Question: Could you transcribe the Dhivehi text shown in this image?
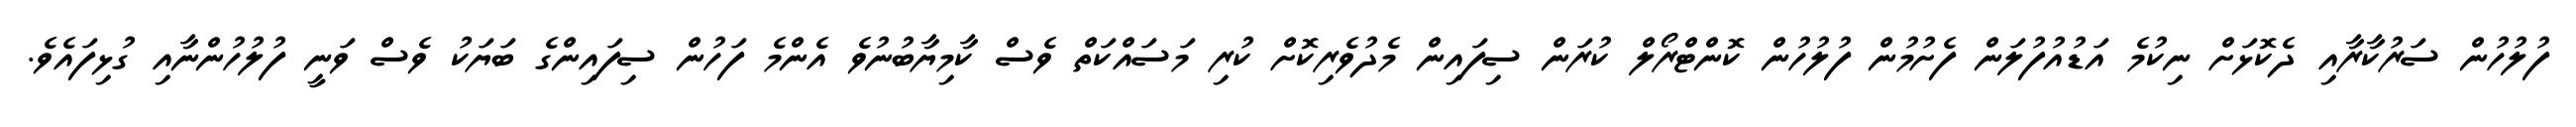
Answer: ފުލުހުން ސަރުކާރާއި ދެކޮޅަށް ނިކުމެ އަޑުއުފުލަން ފެށުމުން ފުލުހުން ކޮންޓްރޯލް ކުރަން ސިފައިން މެދުވެރިކޮށް ކުރި މަސައްކަތް ވެސް ކާމިޔާބުނުވެ އެންމެ ފަހުން ސިފައިންގެ ބަޔަކު ވެސް ވަނީ ފުލުހުންނާއި ގުޅިފައެވެ.